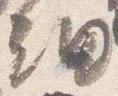
細